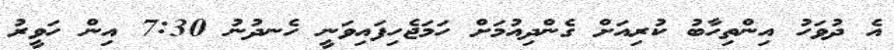
އެ ދުވަހު އިންތިހާބު ކުރިއަށް ގެންދިއުމަށް ހަމަޖެހިފައިވަނީ ހެނދުނު 7:30 އިން ހަވީރު